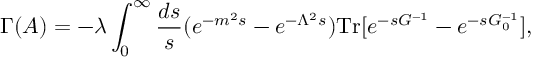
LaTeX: \Gamma ( A ) = - \lambda \int _ { 0 } ^ { \infty } { \frac { d s } { s } } ( e ^ { - m ^ { 2 } s } - e ^ { - \Lambda ^ { 2 } s } ) \mathrm { T r } [ e ^ { - s G ^ { - 1 } } - e ^ { - s G _ { 0 } ^ { - 1 } } ] ,